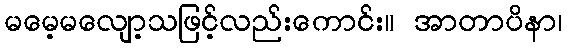
မမေ့မလျော့သဖြင့်လည်းကောင်း။ အာတာပိနာ၊